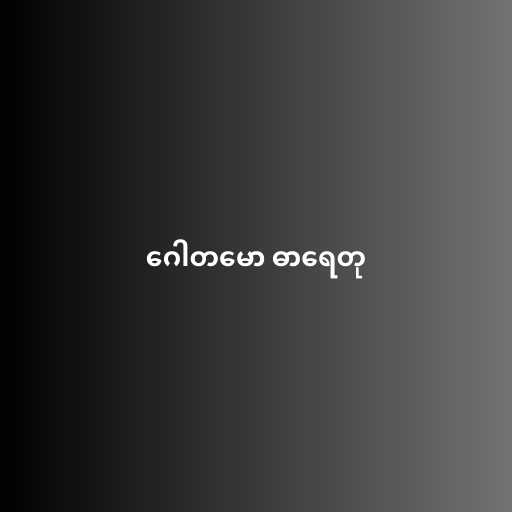
ဂေါတမော ဓာရေတု